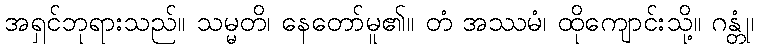
အရှင်ဘုရားသည်။ သမ္မတိ၊ နေတော်မူ၏။ တံ အဿမံ၊ ထိုကျောင်းသို့။ ဂန္တုံ၊